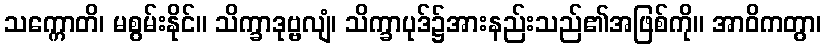
သက္ကောတိ၊ မစွမ်းနိုင်။ သိက္ခာဒုဗ္ဗလျံ၊ သိက္ခာပုဒ်၌အားနည်းသည်၏အဖြစ်ကို။ အာဝိကတွာ၊